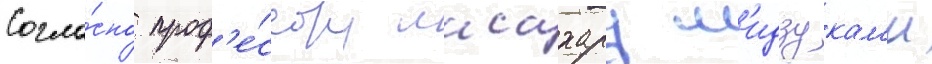
Согла́сно проф'е́ссору масахару м'идзукам'и